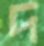
দ